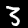
Digit: 3